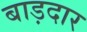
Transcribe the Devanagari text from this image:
बाड़दार